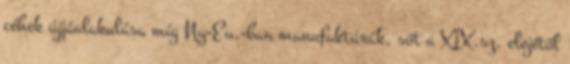
céhek újjáalakulása míg Ny-Eu.-ban manufaktúrák, sőt a XIX.sz. elejétől